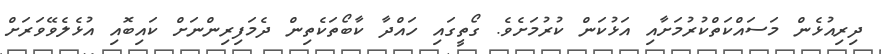
ދިރިއުޅެން މަސައްކަތްކުރުމަށާއި އަޅުކަން ކުރުމަށެވެ. ގޯތީގައި ހައްދާ ކާބޯތަކެތިން ދެމަފިރިންނަށް ކައިބޮއި އުޅެލެވޭވަރަށް